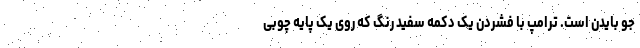
جو بایدن است. ترامپ با فشردن یک دکمه سفید رنگ که روی یک پایه چوبی